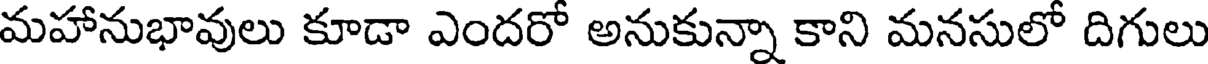
మహానుభావులు కూడా ఎందరో అనుకున్నా కాని మనసులో దిగులు